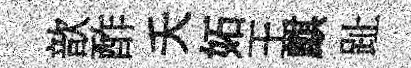
歆酢夭妬王麒趾